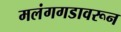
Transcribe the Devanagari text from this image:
मलंगगडावरून